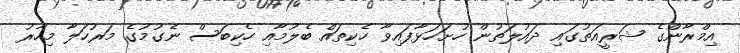
އިމްރާންގެ ޝަރީއަތުގައި ދައުލަތުން ހުށަހަޅާފައިވާ ހެކިތައް ބެލުމާއި ހެކިބަސް ނެގުމުގެ މަރުހަލާ މިހާރު